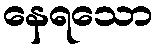
နေရသော